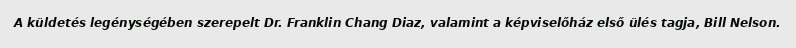
A küldetés legénységében szerepelt Dr. Franklin Chang Diaz, valamint a képviselőház első ülés tagja, Bill Nelson.